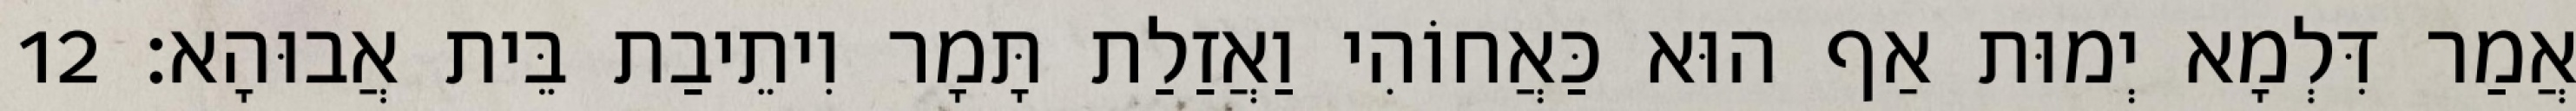
אֲמַר דִּלְמָא יְמוּת אַף הוּא כַּאֲחוֹהִי וַאֲזַלַת תָּמָר וִיתֵיבַת בֵּית אֲבוּהָא׃ 12